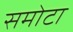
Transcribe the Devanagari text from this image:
समोटा